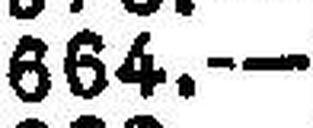
664.—